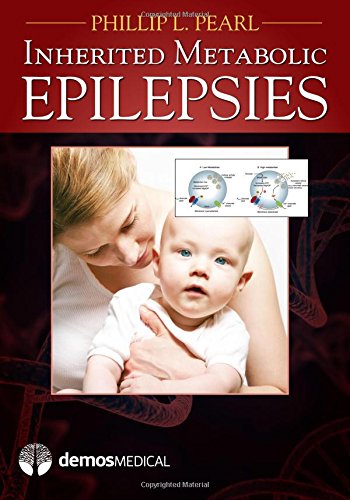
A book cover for Inherited Metabolic Epilepsies; Phillip L. Pearl MD; Health, Fitness & Dieting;